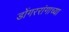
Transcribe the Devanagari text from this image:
डोंगररांगाच्या